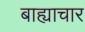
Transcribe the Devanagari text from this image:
बाह्याचार